Kloostri_vallavalitsus, lk 18
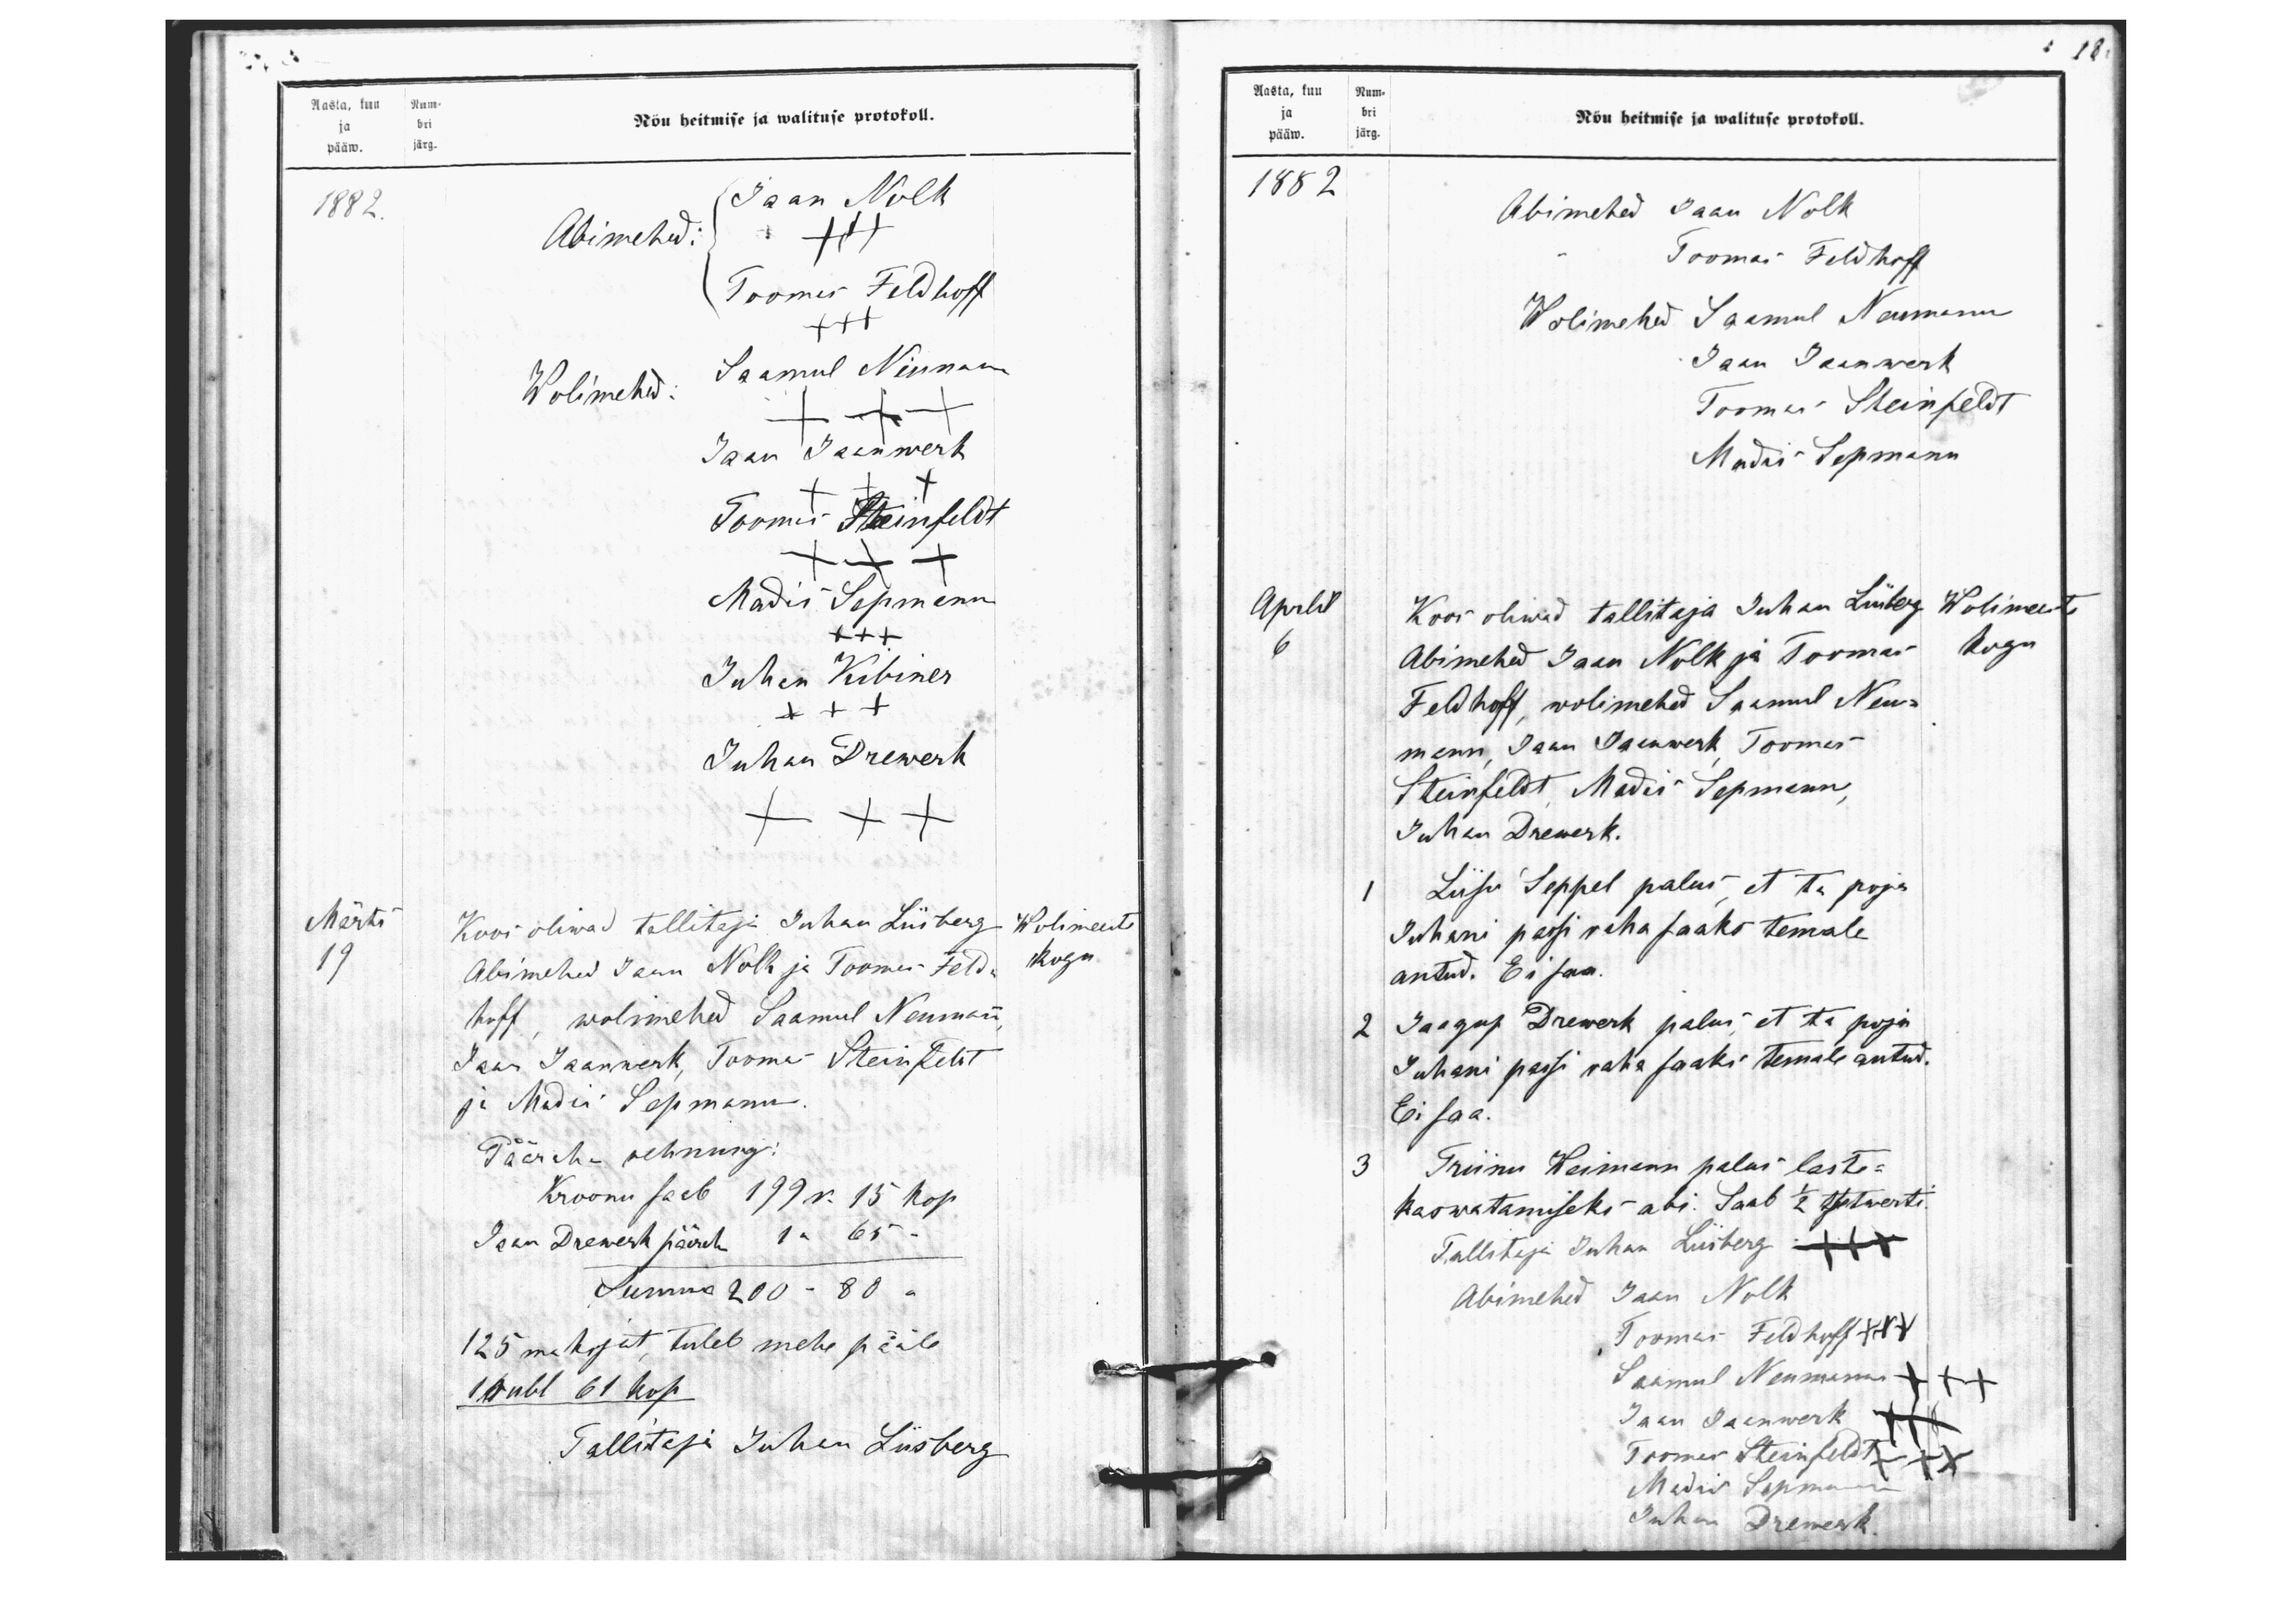
Aasta, kuu Num-
ja bri
pääw. järg.
Nõu heitmise ja walituse protokoll.
1882.
Jaan Nolk
Abimehed:
+++
Toomes Feldhoff
+++
Wolimehed
Saamul Niemann
+++
Jaan Jaanwerk
+++
Toomas Steinfeldt
+++
Madis Sepmann
+++
Juhan Kibiner
+++
Juhan Drewerk
+++
Märts
Koos oliwad tallitaja Juhan Liisberg
Wolimeeste
19
Abimehed Jaan Nolk ja Toomes Feld.
kogu
hoff, wolimehed Saamul Neumann
Jaan Jaanwerk, Toomas Steinfeldt,
ja Madis Sepmann.
Pääraha - rehnung:
Kroonu saab 199 k. 15 kop.
Jaan Drewerk pääraha 1 " 65 "
Summa 200-80 "
125 maksjat, tuleb mehe pääle
1 rubl 61 kop
Tallitaja Tuhen Liisberg

18.
Aasta, kuu Num-
ja bri
Nõu heitmise ja walituse protokoll.
pääw. järg.
1882
Abimehed Jaan Nolk
Toomas Feldhoff
Wolimehed Saamul Neumann
Jaan Jaanwerk
Toomas Steinfeldt
Madis Sepmann
Aprlil
Koos oliwad tallitaja Juhan Liisberg
Wolimeeste
6
Abimehed Jaan Nolk ja Toomas
kogu
Feldhoff, wolimehed Saamul Neu-
mann, Jaan Jaanwerk, Toomas
Steinfeldt, Madis Sepmann,
Juhan Drewerk.
1 Liisu Seppel palus et ta poja
Juhani passi raha saaks temale.
antud. Ei saa.
2 Jaagup Drewerk palus, et ta poja
Juhani passi raha saaks temale antud.
Ei saa.
3 Triinu Weimann palus laste-
kaswatamiseks abi. Saab 1/2 tsetwerti.
Tallistaja Juhan Liisberg +++
Abimehed Jaan Nolk
Toomas Feldhoff +++
Saamul Neumann +++
Toomas Steinfeldt ++x
Jaan Jaanwerk +++
Madis Sepmann
Juhan Drewerk.